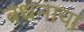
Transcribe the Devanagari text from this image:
बंधनाचा